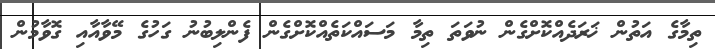
ތިމާގެ އަތުން ޚަރަދެއްކޮށްގެން ނުވަތަ ތިމާ މަސައްކަތެއްކޮށްގެން ފެންލިބުނު ގަހުގެ މޭވާއާއި ގޮވާމުން